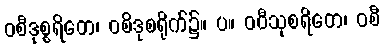
ဝစီဒုစ္စရိတေ၊ ဝစိဒုစရိုက်၌။ ပ။ ဝဝီသုစရိတေ၊ ဝစီ